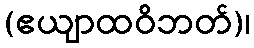
(ဧယျာထဝိဘတ်)၊